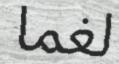
لغما